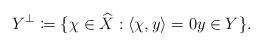
LaTeX: \begin{align*}Y^\perp \coloneqq \{\chi \in \widehat{X} : \langle \chi, y \rangle = 0 y \in Y\}.\end{align*}